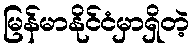
မြန်မာနိုင်ငံမှာရှိတဲ့